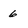
Character: 6